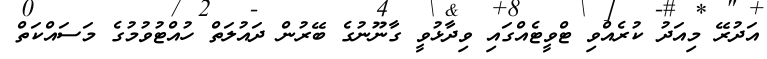
އަދުރޭ މިއަދު ކުރެއްވި ޓްވީޓެއްގައި ވިދާޅުވީ ގާނޫނުގެ ބޭރުން ދައުލަތް ހުއްޓުވުމުގެ މަސައްކަތް